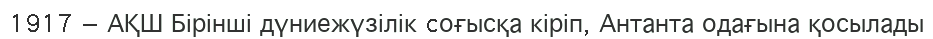
1917 — АҚШ Бірінші дүниежүзілік cоғысқа кіріп, Антанта одағына қосылады